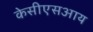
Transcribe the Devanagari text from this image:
केसीएसआय